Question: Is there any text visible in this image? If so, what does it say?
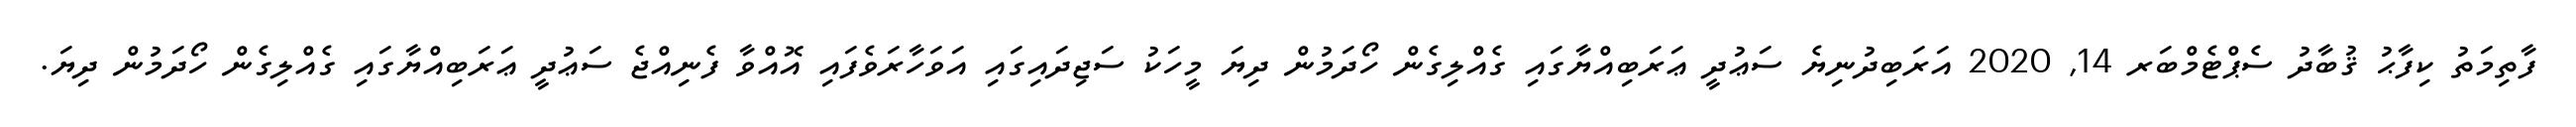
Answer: ފާތިމަތު ކިފާޙު ޤުބާދު ސެޕްޓެމްބަރ 14, 2020 އަރަބިދުނިޔެ ސަޢުދީ ޢަރަބިއްޔާގައި ގެއްލިގެން ހޯދަމުން ދިޔަ މީހަކު ސަޖިދައިގައި އަވަހާރަވެފައި އޮއްވާ ފެނިއްޖެ ސަޢުދީ ޢަރަބިއްޔާގައި ގެއްލިގެން ހޯދަމުން ދިޔަ.